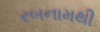
રબનામથી